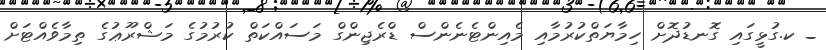
_ ކ.ގުޅީގައި ގޮނޑުދޮށް ހިމާޔަތްކުރުމާއި މެއިންޓެނެންސް ޑްރެޖިންގް މަސައްކަތް ކުރުމުގެ މަޝްރޫޢުގެ ތިމާވެއްޓަށް